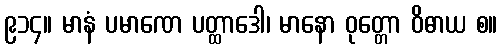
၉၁၄။ မာနံ ပမာဏေ ပတ္ထာဒေါ၊ မာနော ဝုတ္တော ဝိဓာယ စ။